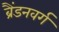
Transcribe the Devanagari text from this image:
ब्रैंडनवर्ग